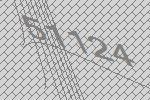
51124